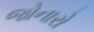
જોનારો